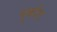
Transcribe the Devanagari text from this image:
पुर्कोट